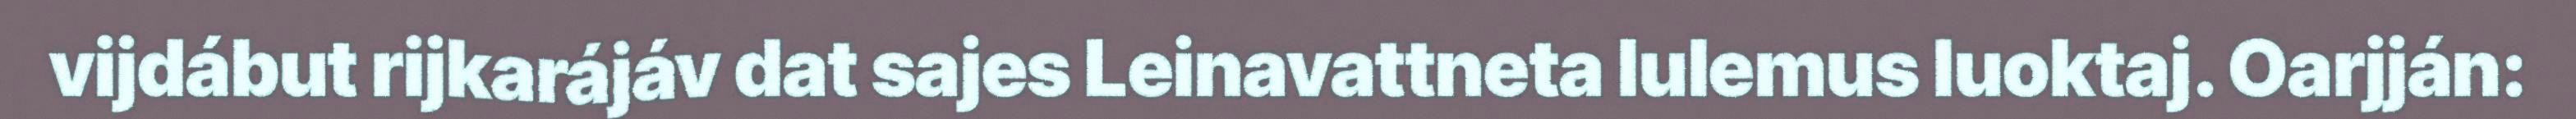
vijdábut rijkarájáv dat sajes Leinavattneta lulemus luoktaj. Oarjján: